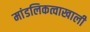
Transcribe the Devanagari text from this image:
मांडलिकत्वाखाली